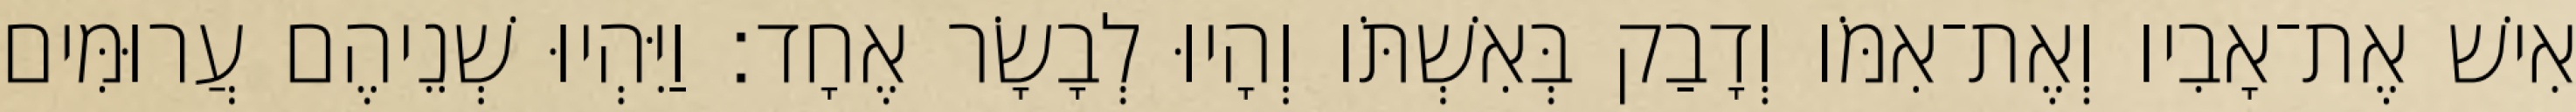
אִישׁ אֶת־אָבִיו וְאֶת־אִמֹּו וְדָבַק בְּאִשְׁתֹּו וְהָיוּ לְבָשָׂר אֶחָד׃ וַיִּהְיוּ שְׁנֵיהֶם עֲרוּמִּים